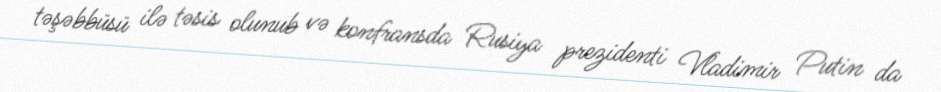
təşəbbüsü ilə təsis olunub və konfransda Rusiya prezidenti Vladimir Putin da